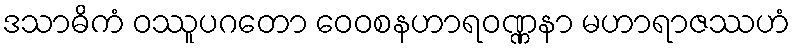
ဒသာဓိကံ ဝဿူပဂတော ဝေဝစနဟာရဝဏ္ဏနာ မဟာရာဇဿဟံ